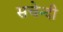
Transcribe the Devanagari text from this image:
सचेन्दी